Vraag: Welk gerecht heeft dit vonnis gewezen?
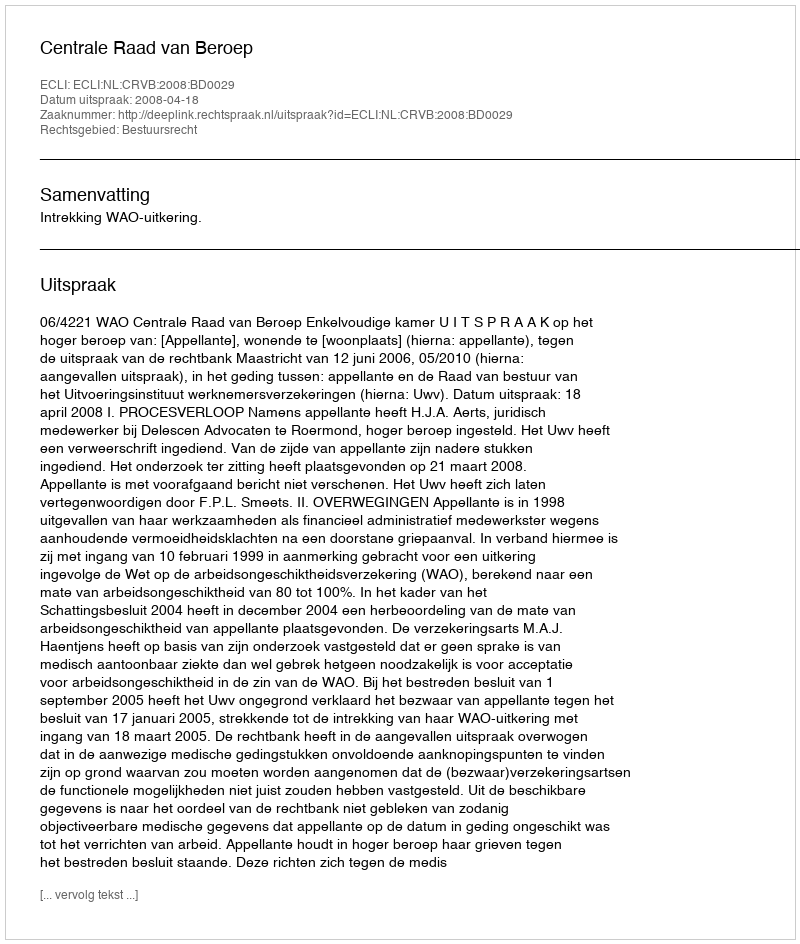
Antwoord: Centrale Raad van Beroep